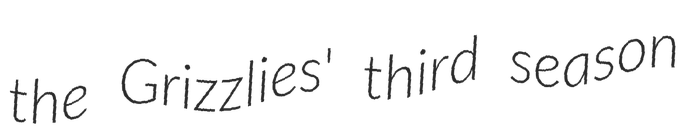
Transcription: the Grizzlies' third season